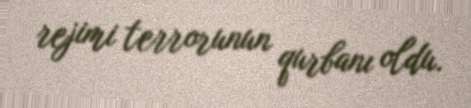
rejimi terrorunun qurbanı oldu.